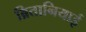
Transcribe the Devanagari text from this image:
ब्रितानियाई